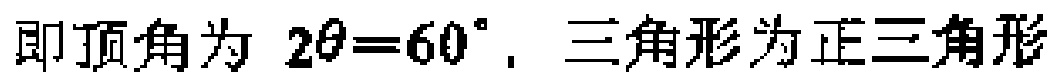
即顶角为 \(2\theta = 60^{\circ}\)，三角形为正三角形